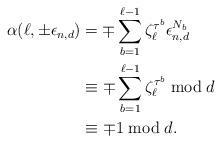
\begin{align*}\alpha(\ell,\pm \epsilon_{n,d}) &= \mp \sum_{b=1}^{\ell -1} \zeta_{\ell}^{\tau^b} \epsilon_{n,d}^{N_b} \\&\equiv \mp \sum_{b=1}^{\ell-1} \zeta_{\ell}^{\tau^b} \bmod{d} \\&\equiv \mp 1 \bmod{d}.\end{align*}